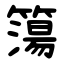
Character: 簜